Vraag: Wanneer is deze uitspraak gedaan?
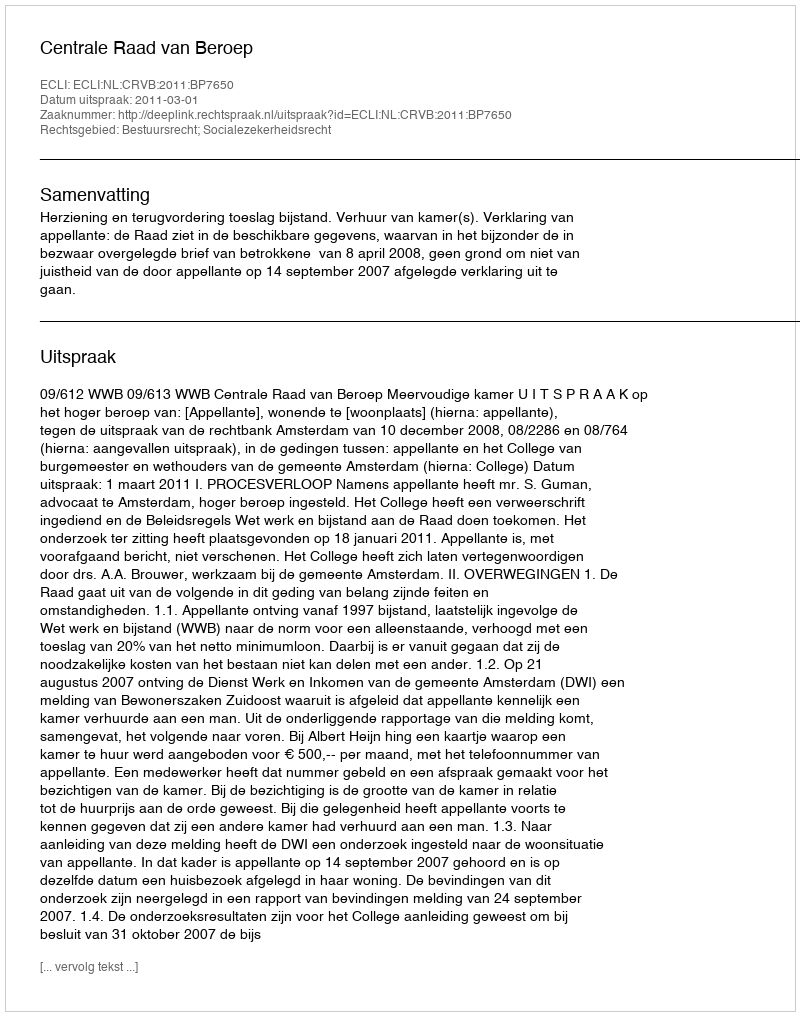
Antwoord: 2011-03-01